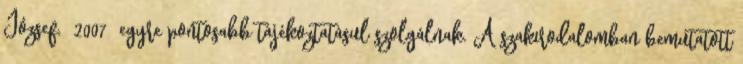
József, 2007 egyre pontosabb tájékoztatásul szolgálnak. A szakirodalomban bemutatott